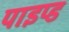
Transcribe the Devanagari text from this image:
पाइप्ड